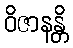
ဝိဇာနန္တိ